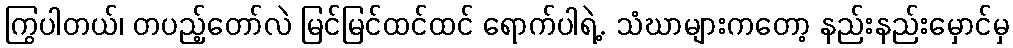
ကြွပါတယ်၊ တပည့်တော်လဲ မြင်မြင်ထင်ထင် ရောက်ပါရဲ့. သံဃာများကတော့ နည်းနည်းမှောင်မှ